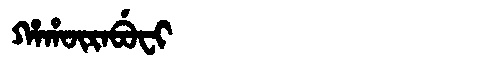
Manchu: ᡥᠠᡥᡡᡵᠠᠪᡠᠸᡳ
Romanization: HAHŪRABUFI